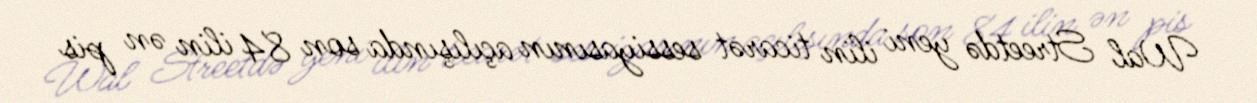
Wal Streetdə yeni ilin ticarət sessiyasının açılışında son 84 ilin ən pis